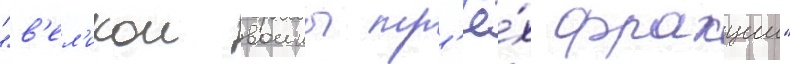
"в'ел'икои воины тр'ё́х фракции"